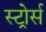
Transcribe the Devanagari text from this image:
स्टोर्र्स